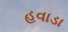
હવાડા